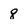
Character: 8